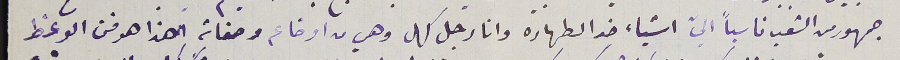
جمهور من الشعب ناسباً اليّ اشياء ضد الطهاره وانا رجل كهل وهي من اوضاعه وصفاته أهذا هو فن الوعظ